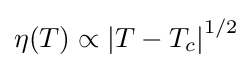
\eta (T)\propto \left|T-T_{c}\right|^{1/2}